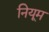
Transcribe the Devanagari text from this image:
नियूम